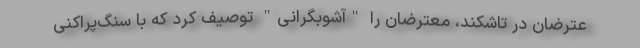
عترضان در تاشکند، معترضان را "آشوبگرانی" توصیف کرد که با سنگ‌پراکنی